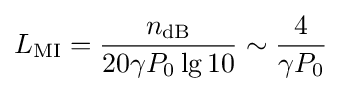
L_{\mathrm {MI} }={\frac {n_{\mathrm {dB} }}{20\gamma P_{0}\lg 10}}\sim {\frac {4}{\gamma P_{0}}}